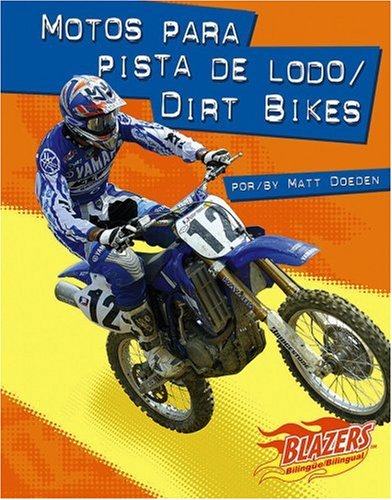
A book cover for Motos para pista de lodo / Dirt Bikes (Blazers Bilingual) (Spanish Edition); Doeden; Children's Books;